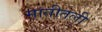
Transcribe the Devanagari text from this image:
मातीतली